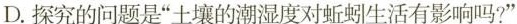
D.探究的问题是”土壤的潮湿度对蚯蚓生活有影响吗?”